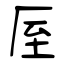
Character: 厔